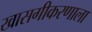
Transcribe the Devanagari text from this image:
खासगीकरणाला